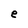
Character: e